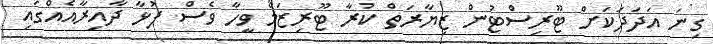
ގިނަ އަދަދަކަށް ޓޫރިސްޓުން ޒިޔާރަތް ކުރާ ޓޫރިޒަމް ވީހާ ވެސް ފުޅާ ދާއިރާއެއްގައި